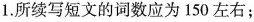
.所续写短文的词数应为150左右;